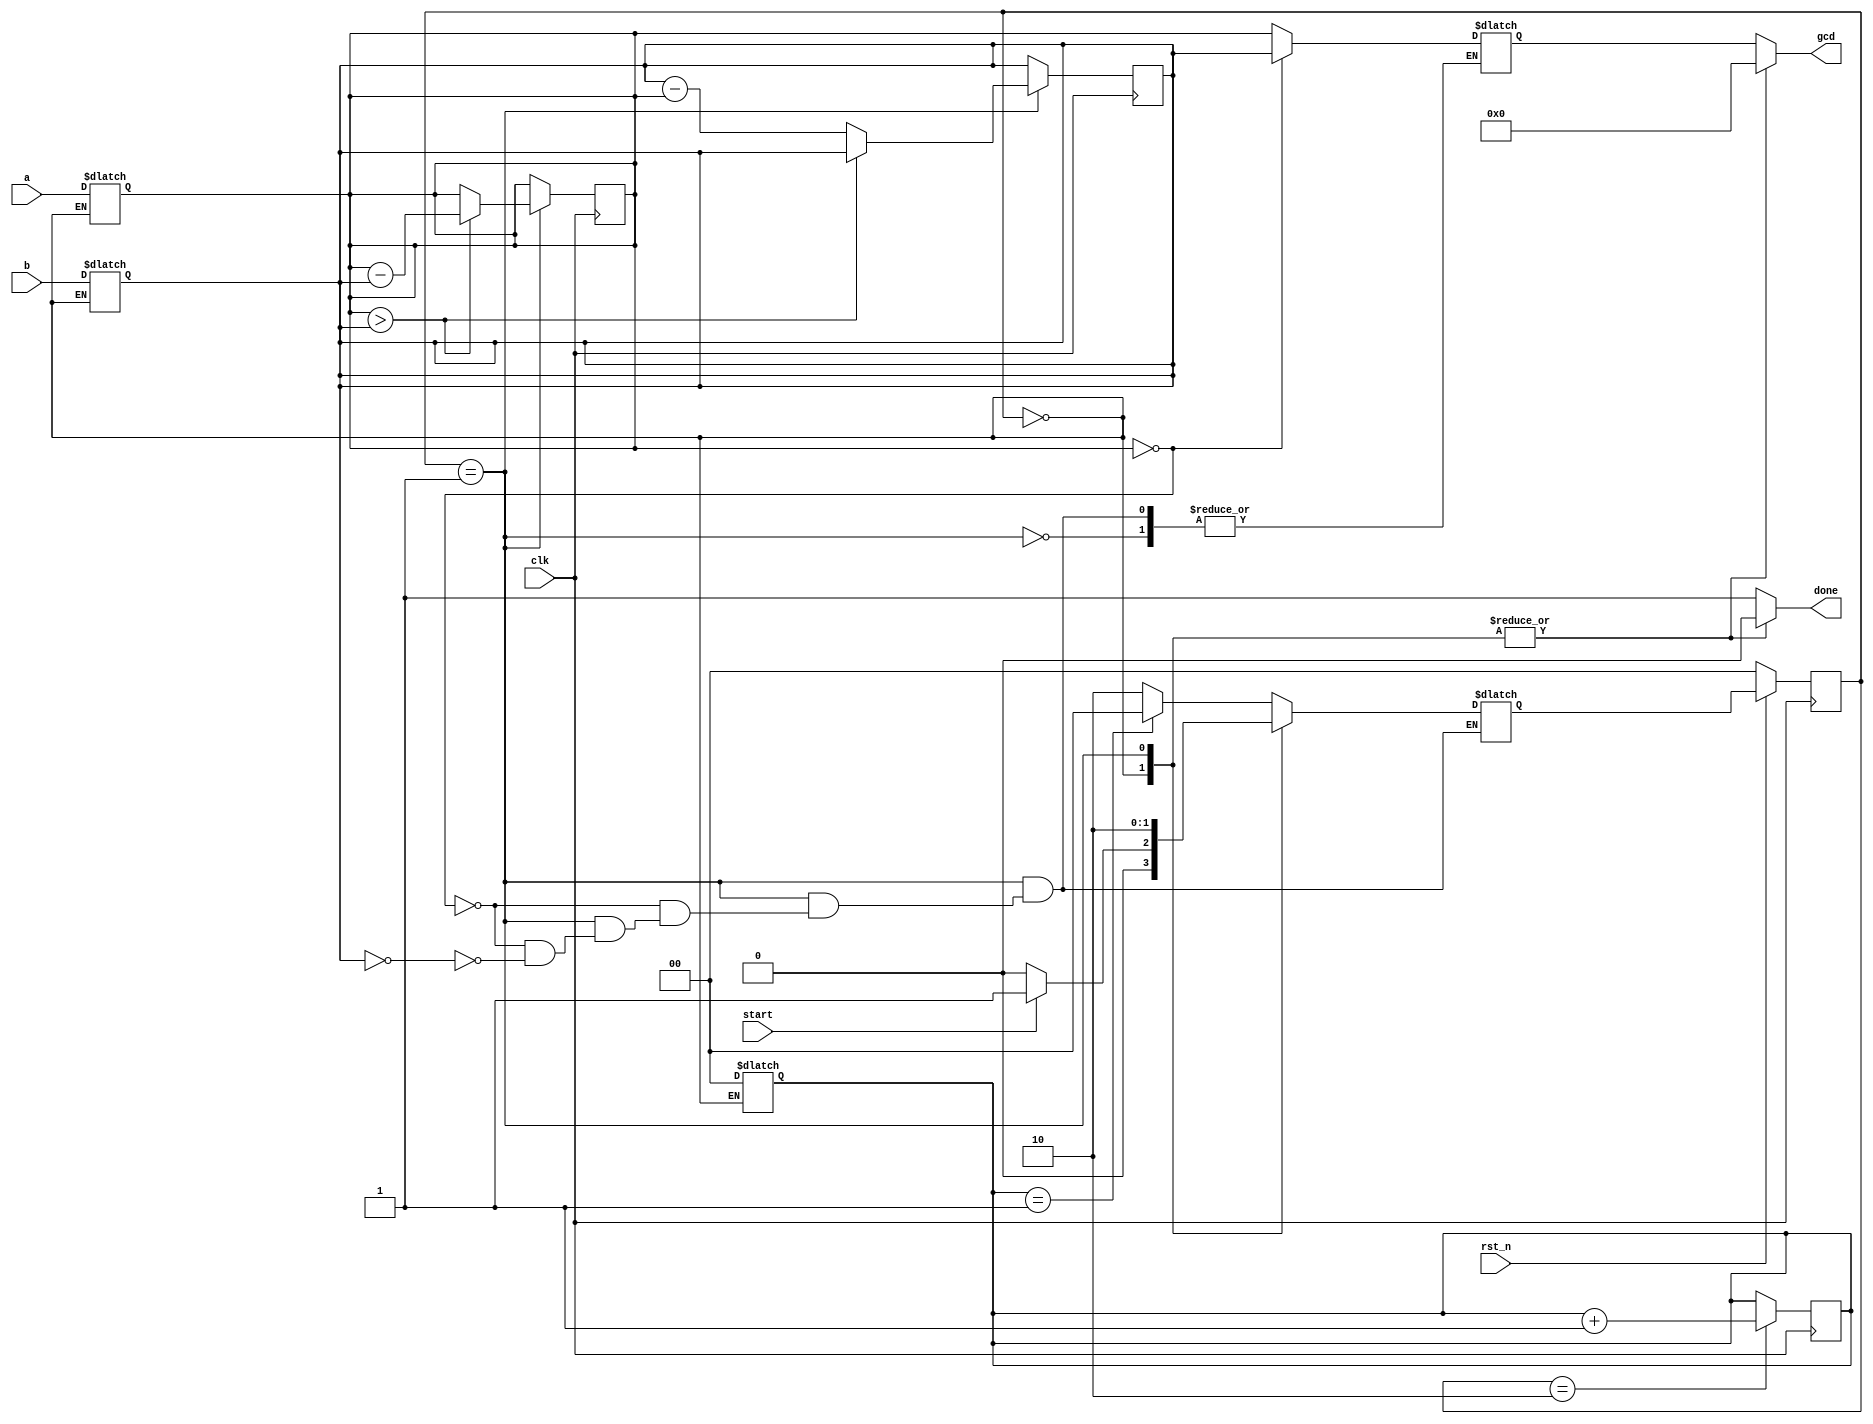
`timescale 1ns/1ps

module Greatest_Common_Divisor (clk, rst_n, start, a, b, done, gcd);
input clk, rst_n;
input start;
input [15:0] a;
input [15:0] b;
output done;
output [15:0] gcd;

parameter WAIT = 2'b00;
parameter CAL = 2'b01;
parameter FINISH = 2'b10;

reg [1:0]state;
reg [1:0]next_state;
reg done;
reg [15:0] gcd;
reg [15:0] cal_a;
reg [15:0] cal_b;
reg [15:0] ans;
reg [1:0]  count;
always @(posedge clk)begin   
    if(!rst_n)
        state <= WAIT;
    else
        state <= next_state;
end

always @(posedge clk)begin//sub once for one cycle
    if(state == CAL)begin
        if(cal_a > cal_b)
            cal_a <= cal_a - cal_b; 
        else
            cal_b <= cal_b - cal_a;
    end
end

always @(posedge clk)begin//count for two cycle
    if(state == FINISH)begin
        count <= count + 2'b1;
    end
end

always @(*)begin   
    case(state)   
    WAIT:begin
         gcd  = 16'd0;
         done = 1'b0;
         count      = 2'b0;//for FINISH to ouput gcd 2 cycles
         cal_a = a;        //for CAL to do the substraction
         cal_b = b;
         if(start==1'b1)
             next_state = CAL;
         else
             next_state = WAIT;
         end
    CAL:begin
        gcd  = 16'd0;
        done = 1'b0;
        if(cal_a == 16'd0)begin
            ans = cal_b;
            next_state = FINISH;
        end
        else if(cal_b == 16'd0)begin
            ans = cal_a;
            next_state = FINISH;
        end
        else begin
        
        end
        end
    default:begin//FINISH
            gcd = ans;
            done = 1'b1;
            if(count == 2'd1)
                next_state = WAIT;
            else 
                next_state = FINISH;
            end
    endcase


end

endmodule